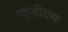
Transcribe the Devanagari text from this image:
म्‍यूजीयम